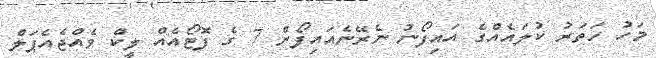
މަހު ހަތަރު ކުލައެއްގެ އައިފޯނު ނެރޭނެއައިފޯން 7 ގެ ފޮޓޯއެއް ލީކް ވެއްޖެއެޕަލް